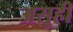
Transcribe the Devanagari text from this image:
असूही